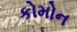
કોમોન